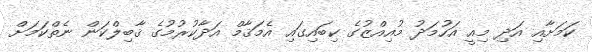
ކަމަށާއި އަދި މިއީ އަހުމަދު މުއިއްޒުގެ ކިބައިގައި އެމަޤާމް އަދާކުރުމުގެ ޤާބިލްކަން ނެތްކަމަށް